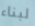
لبناء